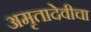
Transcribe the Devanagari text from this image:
अमृतादेवीचा